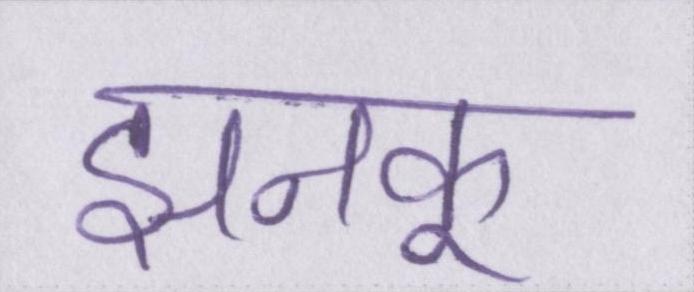
झनकू